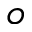
o